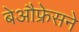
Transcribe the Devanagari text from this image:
बेऔफ्रेसने